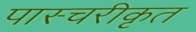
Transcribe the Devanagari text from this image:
पास्चरीकृत